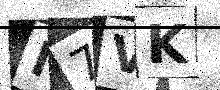
Text: M7VK